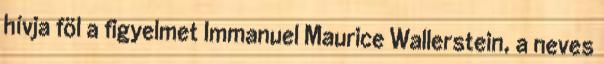
hívja föl a figyelmet Immanuel Maurice Wallerstein, a neves